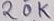
Text: 20K